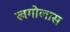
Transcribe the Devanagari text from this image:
खगोलास